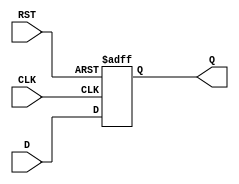
module output_register #(
    parameter WIDTH = 8  // Parameter to define the width of the register
)(
    input wire [WIDTH-1:0] D,    // Data input
    input wire CLK,               // Clock input
    input wire RST,               // Asynchronous reset input
    output reg [WIDTH-1:0] Q      // Data output
);

// Always block for capturing data on clock edge or resetting
always @(posedge CLK or posedge RST) begin
    if (RST) begin
        Q <= {WIDTH{1'b0}};        // Asynchronous reset: set Q to zero
    end else begin
        Q <= D;                   // Capture data on rising edge of CLK
    end
end

endmodule